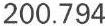
200.794